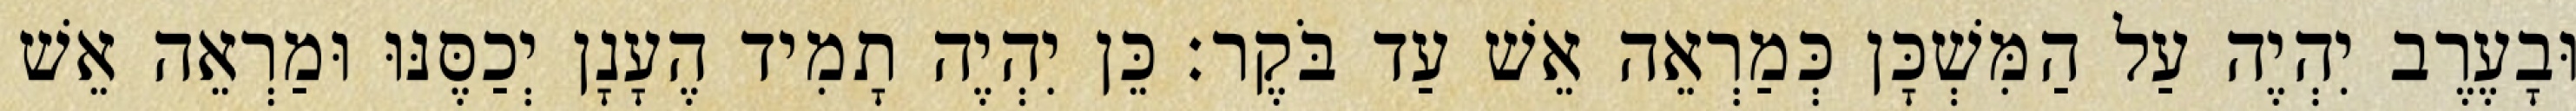
וּבָעֶרֶב יִהְיֶה עַל הַמִּשְׁכָּן כְּמַרְאֵה אֵשׁ עַד בֹּקֶר׃ כֵּן יִהְיֶה תָמִיד הֶעָנָן יְכַסֶּנּוּ וּמַרְאֵה אֵשׁ